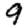
Digit: 9